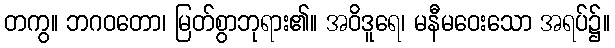
တကွ။ ဘဂဝတော၊ မြတ်စွာဘုရား၏။ အဝိဒူရေ၊ မနီမဝေးသော အရပ်၌။